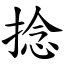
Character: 捻